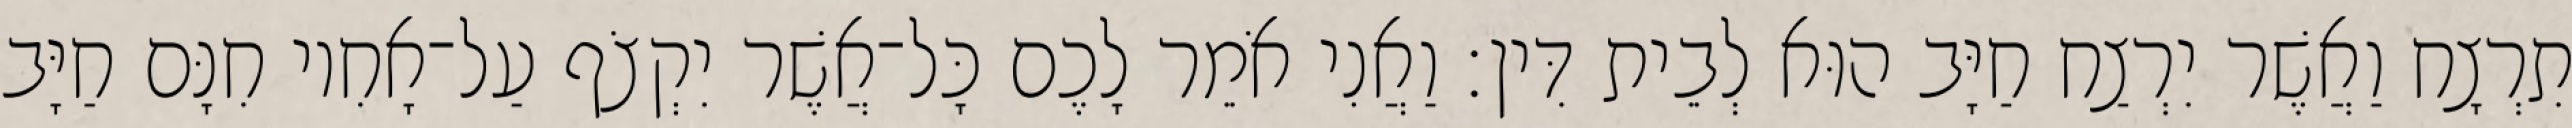
תִרְצָח וַאֲשֶׁר יִרְצַח חַיָּב הוּא לְבֵית דִּין׃ וַאֲנִי אֹמֵר לָכֶם כָּל־אֲשֶׁר יִקְצֹף עַל־אָחִיו חִנָּם חַיָּב